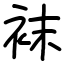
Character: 袜